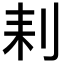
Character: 𠛨